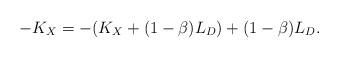
LaTeX: \begin{align*}-K_X = -(K_X + (1-\beta)L_D) +(1-\beta) L_D.\end{align*}